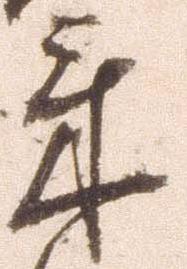
来